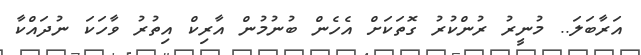
އަރާބަލަ.. މުނީރު ރުންކުރު ގޮތަކަށް އެހެން ބުނުމުން އާރިކް އިތުރު ވާހަކަ ނުދައްކާ